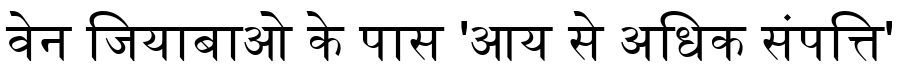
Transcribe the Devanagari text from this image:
वेन जियाबाओ के पास 'आय से अधिक संपत्ति'